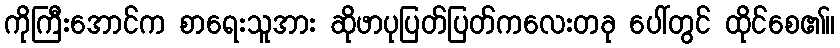
ကိုကြီးအောင်က စာရေးသူအား ဆိုဖာပုပြတ်ပြတ်ကလေးတခု ပေါ်တွင် ထိုင်စေ၏။